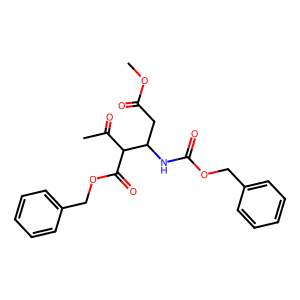
SMILES: COC(=O)CC(NC(=O)OCc1ccccc1)C(C(C)=O)C(=O)OCc1ccccc1
Inhibits HIV replication: No